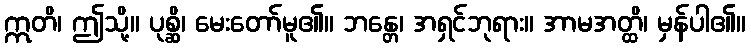
ဣတိ၊ ဤသို့။ ပုစ္ဆိ၊ မေးတော်မူ၏။ ဘန္တေ၊ အရှင်ဘုရား။ အာမအတ္ထိ၊ မှန်ပါ၏။